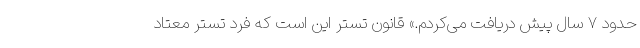
حدود ۷ سال پیش دریافت می‌کردم.» قانون تستر این است که فرد تستر معتاد